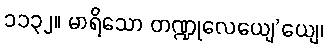
၁၁၃၂။ မာရိသော တဏ္ဍုလေယျေ’ယျေ၊